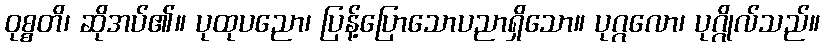
ဝုစ္စတိ၊ ဆိုအပ်၏။ ပုထုပညော၊ ပြန့်ပြောသောပညာရှိသော။ ပုဂ္ဂလော၊ ပုဂ္ဂိုလ်သည်။